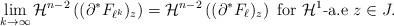
LaTeX: \begin{align*} \lim_{k \rightarrow \infty} \mathcal{H}^{n-2} \left( (\partial^{*}F_{\ell^{k}})_{z} \right) = \mathcal{H}^{n-2} \left( (\partial^{*}F_{\ell})_{z} \right) \mbox{ for } \mathcal{H}^{1} \mbox{-a.e } z \in J.\end{align*}